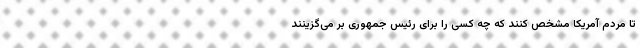
تا مردم آمریکا مشخص کنند که چه کسی را برای رئیس جمهوری بر می‌گزینند